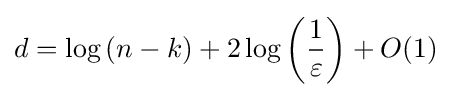
d=\log {(n-k)}+2\log \left({\frac {1}{\varepsilon }}\right)+O(1)